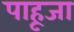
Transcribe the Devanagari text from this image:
पाहूजा